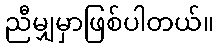
ညီမျှမှာဖြစ်ပါတယ်။